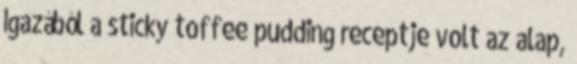
Igazából a sticky toffee pudding receptje volt az alap,